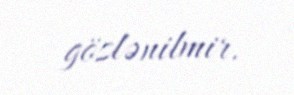
gözlənilmir.